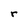
Character: r